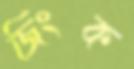
জিংক